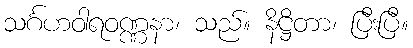
သင်္ဂဟဝါရဝဏ္ဏနာ၊ သည်။ နိဋ္ဌိတာ၊ ပြီးပြီ။